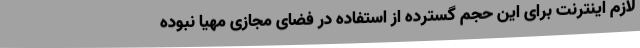
لازم اینترنت برای این حجم گسترده از استفاده در فضای مجازی مهیا نبوده